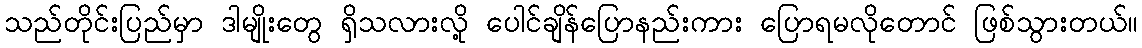
သည်တိုင်းပြည်မှာ ဒါမျိုးတွေ ရှိသလားလို့ ပေါင်ချိန်ပြောနည်းကား ပြောရမလိုတောင် ဖြစ်သွားတယ်။